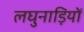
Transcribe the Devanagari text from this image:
लघुनाड़ियों